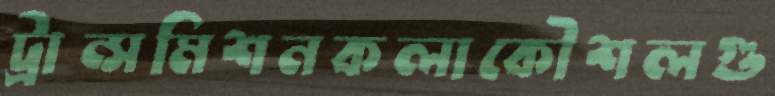
ট্রান্সমিশনকলাকৌশলগু